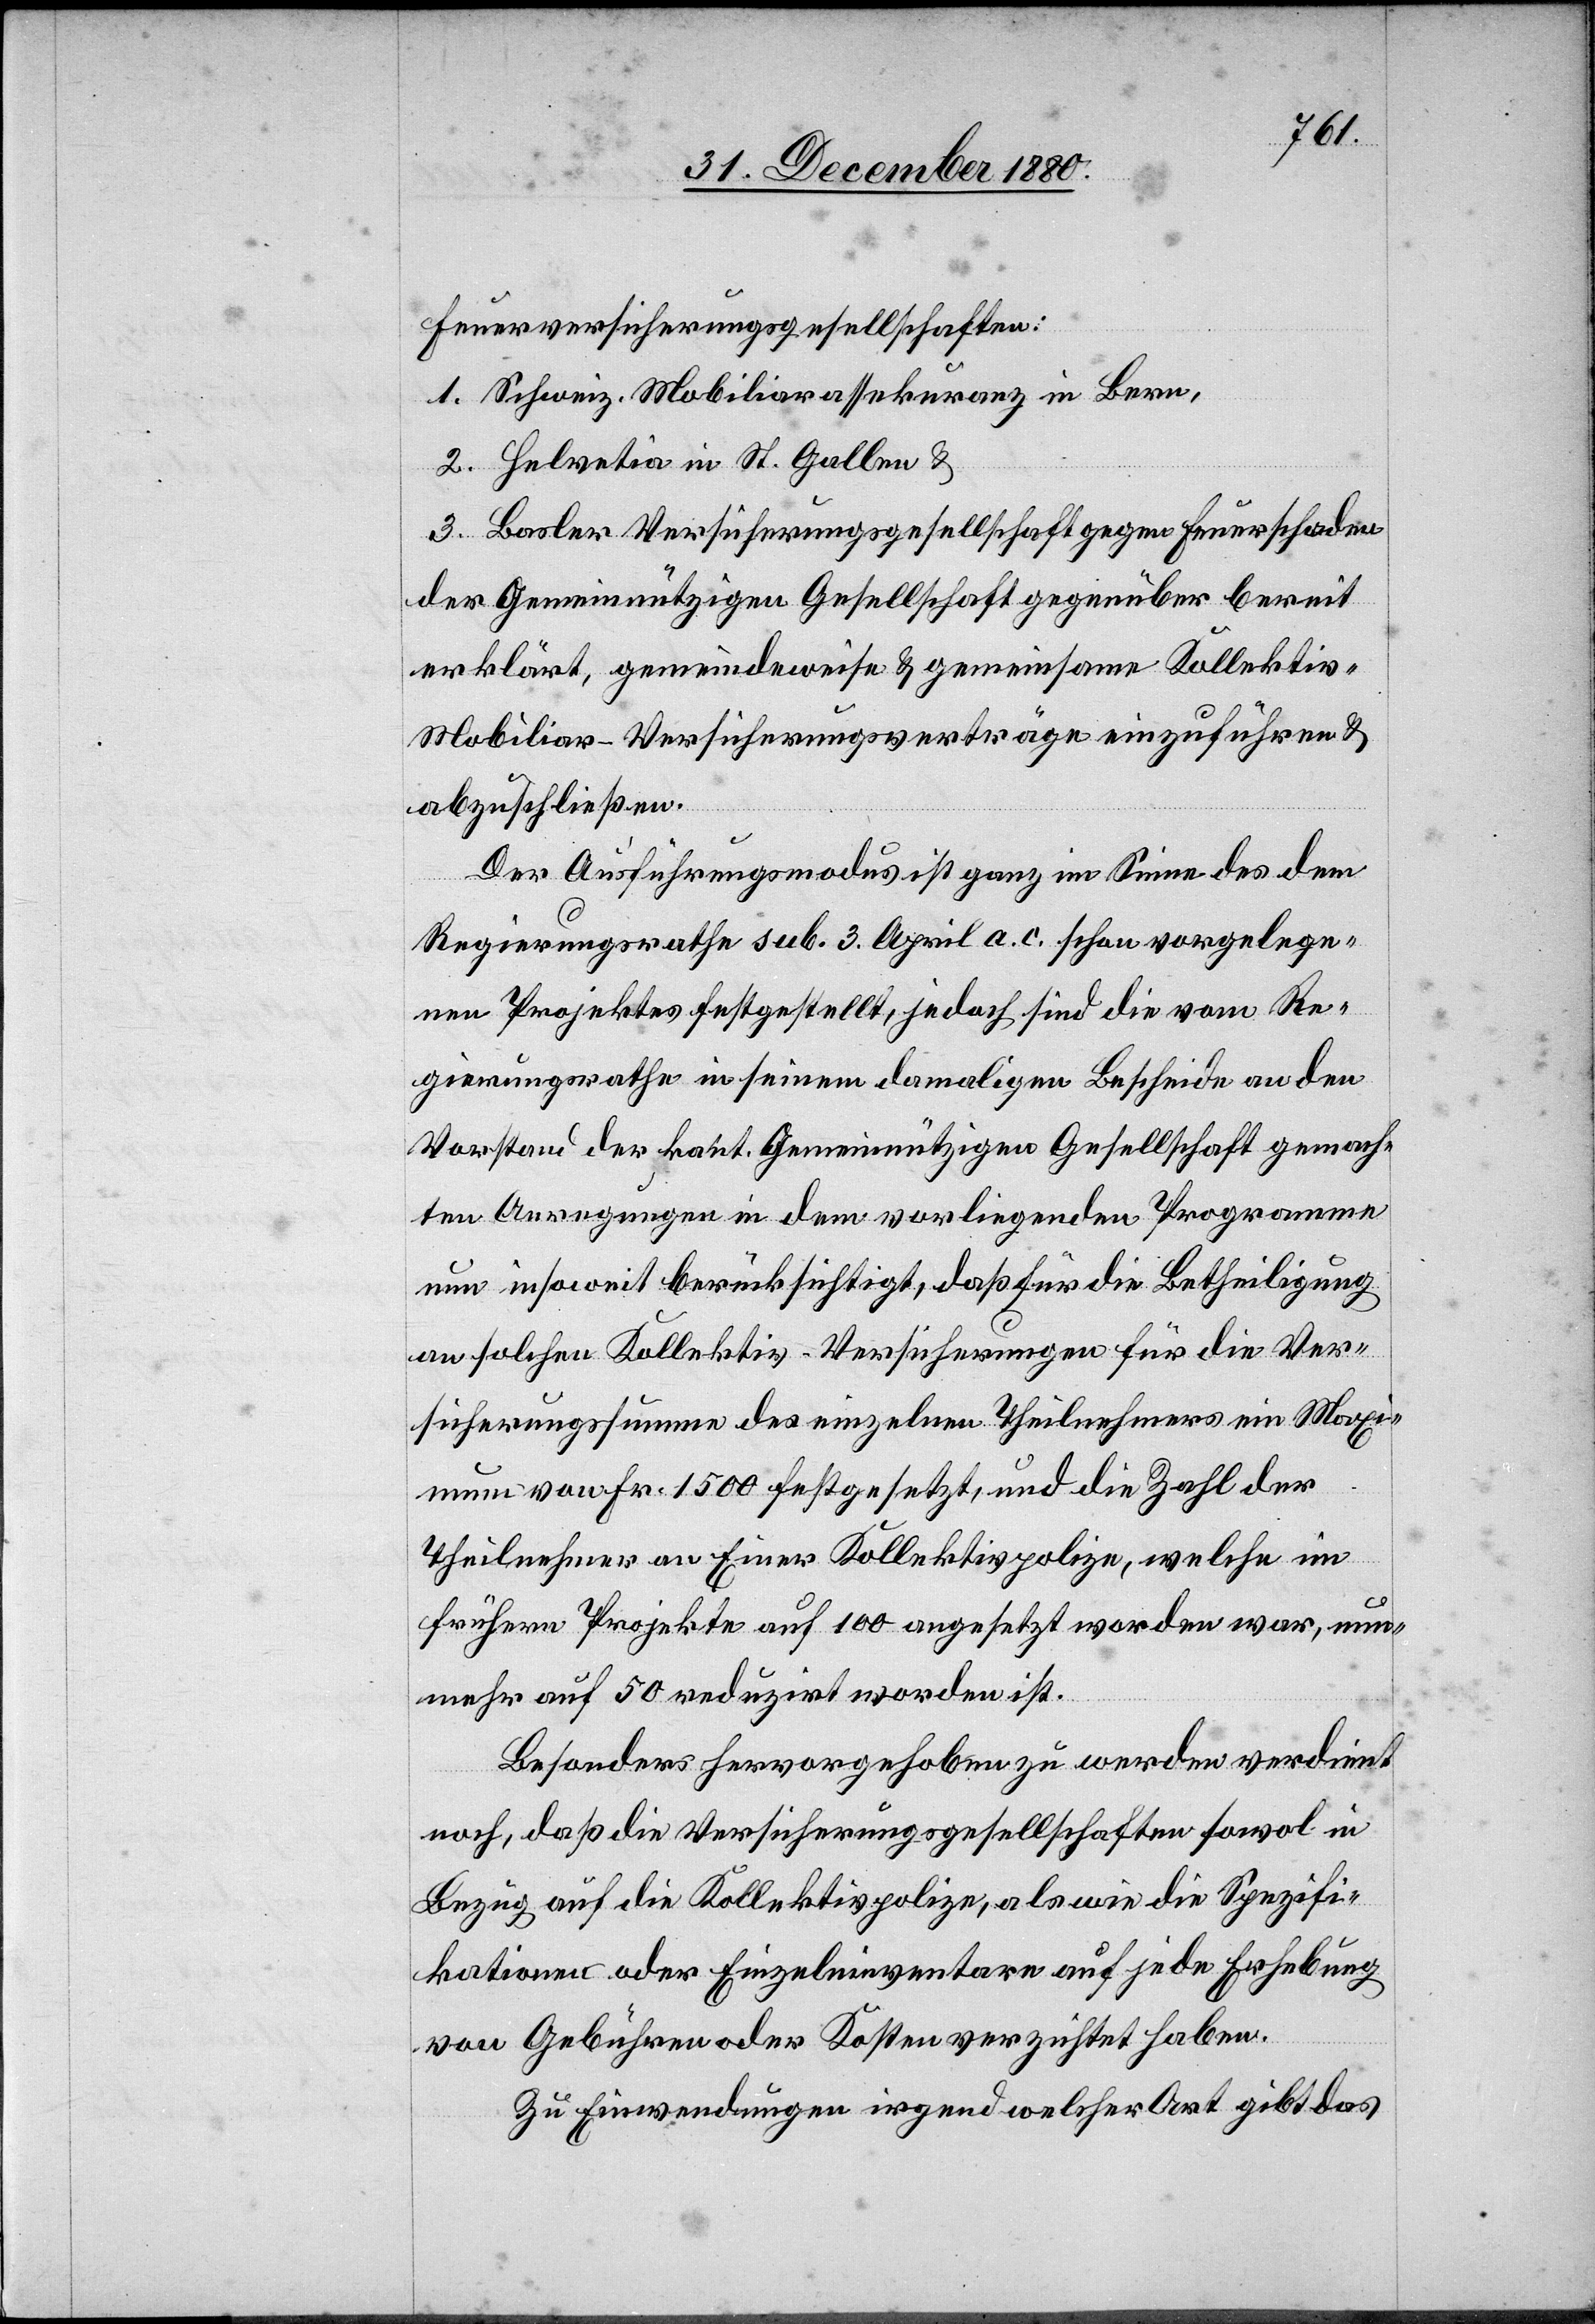
Feuerversicherungsgesellschaften:
1. Schweiz. Mobiliarassekuranz in Bern,
2. Helvetia in St. Gallen,
3. Basler Versicherungsgesellschaft gegen Feuerschaden
der Gemeinnützigen Gesellschaft gegenüber bereit
erklärt, gemeindeweise & gemeinsame Kollektiv-M¬
obiliar-Versicherungsverträge einzuführen &
abzuschließen.
Der Ausführungsmodus ist ganz im Sinne des dem
Regierungsrathe sub. 3. April a. c. schon vorgelege¬
nen Projektes festgestellt, jedoch sind die vom Re¬
gierungsrathe in seinem damaligen Bescheide an den
Vorstand der kant. Gemeinnützigen Gesellschaft gemach¬
ten Anregungen in dem vorliegenden Programme
nun insoweit berücksichtigt, daß für die Betheiligung
an solchen Kollektiv-Versicherungen für die Ver¬
sicherungssumme des einzelnen Theilnehmers ein Maxi¬
mum von Fr. 1500 festgesetzt, und die Zahl der
Theilnehmer an einer Kollektivpolize, welche im
frühern Projekte auf 100 angesetzt worden war, nun¬
mehr auf 50 reduzirt worden ist.
Besonders hervorgehoben zu werden verdient
noch, daß die Versicherungsgesellschaften sowol in
Bezug auf die Kollektivpolize, als wie die Spezifi¬
kationen oder Einzelinventare auf jede Erhebung
von Gebühren oder Kosten verzichtet haben.
Zu Einwendungen irgend welcher Art gibt das